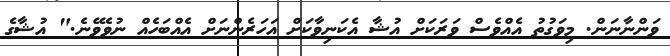
ވަންނާނަން. މިވަގުތު އެއްވެސް ވަރަކަށް އުޝާ އެކަނިވާކަށް އަހަރެންނަށް އެއްބަހެއް ނުވެވޭނެ." އުޝާގެ